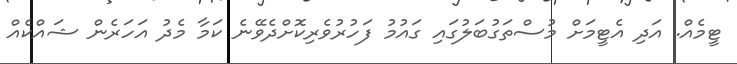
ޓީމެއް. އަދި އެޓީމަށް މުސްތަގުބަލުގައި ގައުމު ފަހުރުވެރިކޮށްދެވޭނެ ކަމާ މެދު އަހަރެން ޝައްކެއް